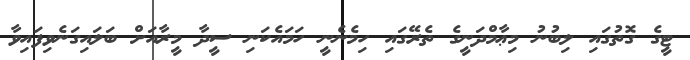
ޓީގެ ގޮތުގައި ލިބުނު މިޢާމްދަނީގެ ތެރޭގައި ހިމެނެނީ ހަމައެކަނި ސީދާ މީރާއަށް ބަލައިގަނެވިފައިވާ